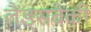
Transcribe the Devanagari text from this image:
लैंड्सबैंकी